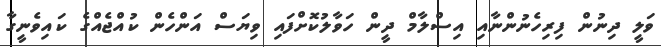
ވަލީ ދިނުން ފިރިހެނުންނާއި އިސްލާމް ދީން ހަވާލުކޮށްފައި ވިޔަސް އަންހެން ކުއްޖެއްގެ ކައިވެނީގާ